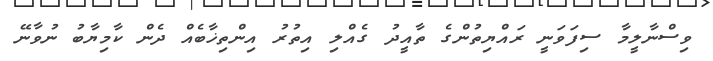
ވިސްނާލީމާ ސިފަވަނީ ރައްޔިތުންގެ ތާއީދު ގެއްލި އިތުރު އިންތިޚާބެއް ދެން ކާމިޔާބު ނުވާނޭ